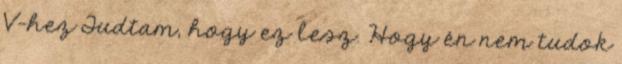
V-hez Tudtam, hogy ez lesz. Hogy én nem tudok